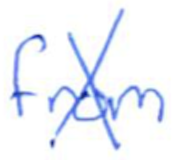
Text: from
Cross-out: cross
Writing tool: ballpoint